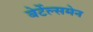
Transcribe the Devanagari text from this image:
बेर्टेल्समेन